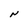
Character: N